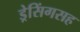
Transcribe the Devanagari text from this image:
ड्रेसिंगसह